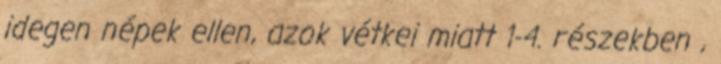
idegen népek ellen, azok vétkei miatt 1-4. részekben ,